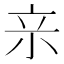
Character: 𭕉